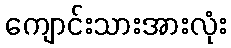
ကျောင်းသားအားလုံး